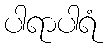
ပါရာပါရံ